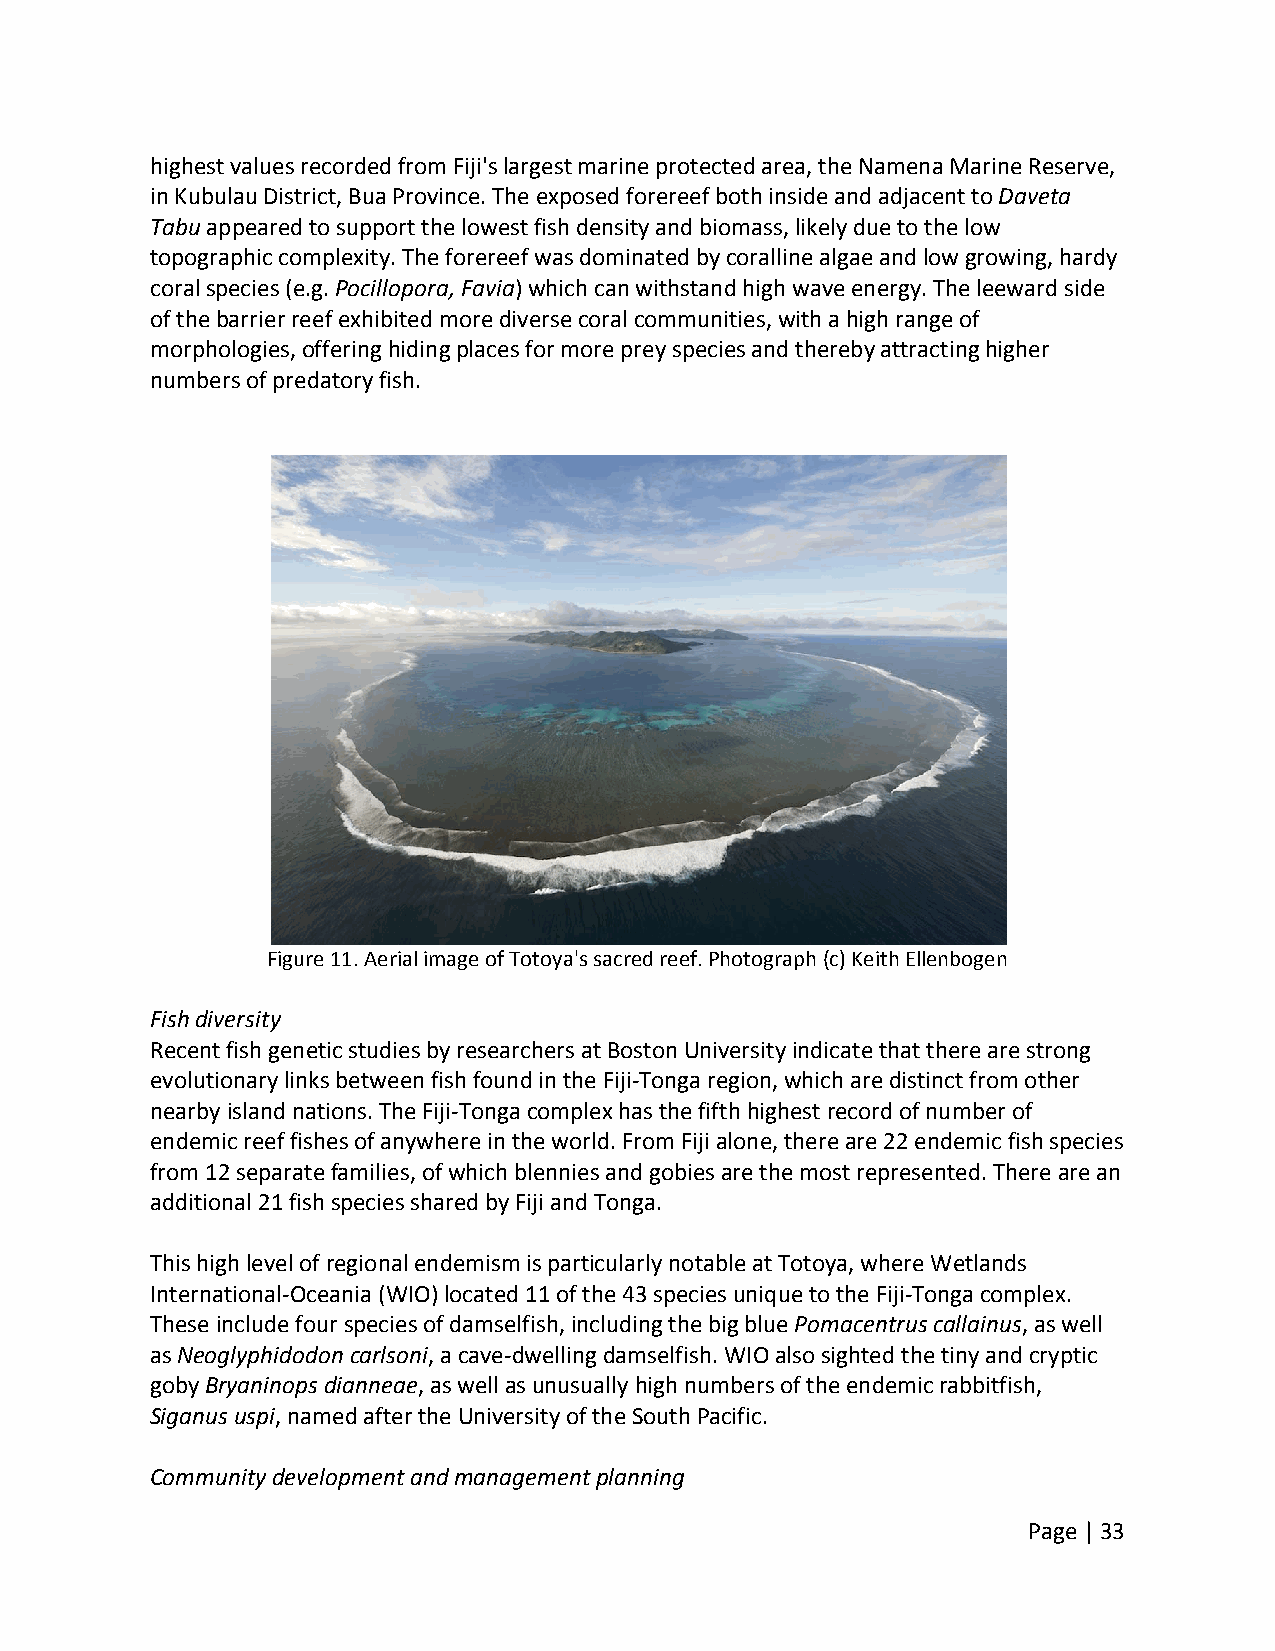
highest values recorded from Fiji's largest marine protected area, the Namena Marine Reserve,
 in Kubulau District, Bua Province. The exposed forereef both inside and adjacent to Daveta
 Tabu appeared to support the lowest fish density and biomass, likely due to the low
 topographic complexity. The forereef was dominated by coralline algae and low growing, hardy
 coral species (e.g. Pocillopora, Favia) which can withstand high wave energy. The leeward side
 of the barrier reef exhibited more diverse coral communities, with a high range of
 morphologies, offering hiding places for more prey species and thereby attracting higher
 numbers of predatory fish.
 Figure 11. Aerial image of Totoya's sacred reef. Photograph (c) Keith Ellenbogen
 Fish diversity
 Recent fish genetic studies by researchers at Boston University indicate that there are strong
 evolutionary links between fish found in the Fiji‐Tonga region, which are distinct from other
 nearby island nations. The Fiji‐Tonga complex has the fifth highest record of number of
 endemic reef fishes of anywhere in the world. From Fiji alone, there are 22 endemic fish species
 from 12 separate families, of which blennies and gobies are the most represented. There are an
 additional 21 fish species shared by Fiji and Tonga.
 This high level of regional endemism is particularly notable at Totoya, where Wetlands
 International‐Oceania (WIO) located 11 of the 43 species unique to the Fiji‐Tonga complex.
 These include four species of damselfish, including the big blue Pomacentrus callainus, as well
 as Neoglyphidodon carlsoni, a cave‐dwelling damselfish. WIO also sighted the tiny and cryptic
 goby Bryaninops dianneae, as well as unusually high numbers of the endemic rabbitfish,
 Siganus uspi, named after the University of the South Pacific.
 Community development and management planning
 Page | 33